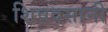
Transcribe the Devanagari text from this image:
शिवदसानी